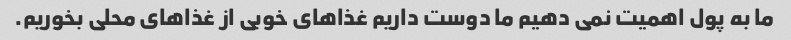
ما به پول اهمیت نمی دهیم ما دوست داریم غذاهای خوبی از غذاهای محلی بخوریم.